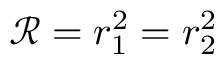
\mathcal { R } = r _ { 1 } ^ { 2 } = r _ { 2 } ^ { 2 }